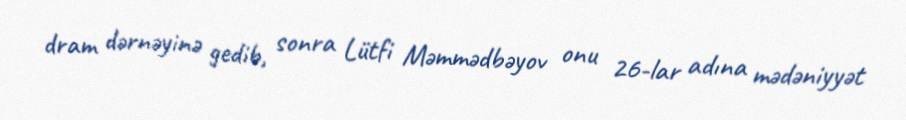
dram dərnəyinə gedib, sonra Lütfi Məmmədbəyov onu 26-lar adına mədəniyyət